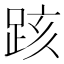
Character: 𨀖